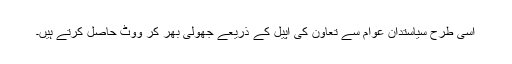
اسی طرح سیاستدان عوام سے تعاون کی اپیل کے ذریعے جھولی بھر کر ووٹ حاصل کرتے ہیں۔